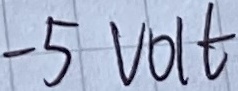
Text: -5VOLT